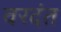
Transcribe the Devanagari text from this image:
वरदंत